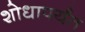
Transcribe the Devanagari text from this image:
शोधापर्यंत